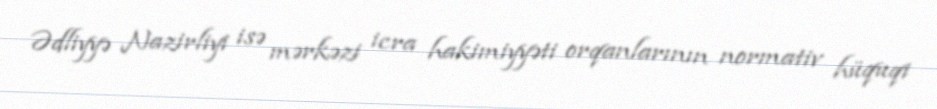
Ədliyyə Nazirliyi isə mərkəzi icra hakimiyyəti orqanlarının normativ hüquqi